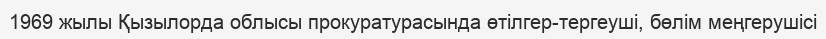
1969 жылы Қызылорда облысы прокуратурасында өтілгер-тергеуші, бөлім меңгерушісі